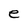
Character: e